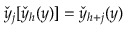
\check { y } _ { j } [ \check { y } _ { h } ( y ) ] = \check { y } _ { h + j } ( y )